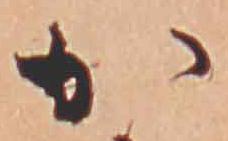
か